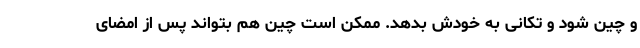
و چین شود و تکانی به خودش بدهد. ممکن است چین هم بتواند پس از امضای